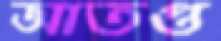
আতপ্ত